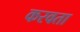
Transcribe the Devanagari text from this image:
करवता